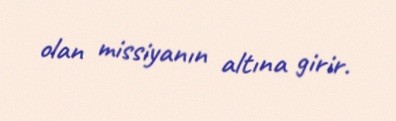
olan missiyanın altına girir.